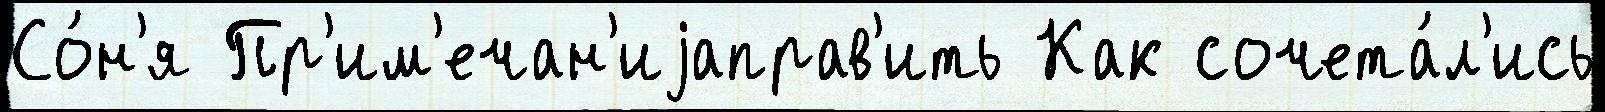
Со́н'я Пр'им'ечан'иjаправ'ить Как сочета́л'ись